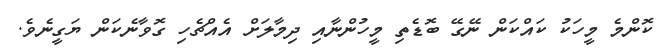
ކޮންމެ މީހަކު ކައްކަން ނޭގޭ ބޮޑެތި މީހުންނާއި ދިމާލަށް އެއްޗެހި ގޮވާނެކަން ޔަގީނެވެ.